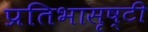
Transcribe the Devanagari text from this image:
प्रतिभासृष्टी